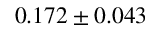
0 . 1 7 2 \pm 0 . 0 4 3